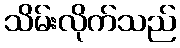
သိမ်းလိုက်သည်